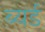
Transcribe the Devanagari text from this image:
ब्यर्ड